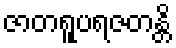
ဇာတရူပရဇတန္တိ